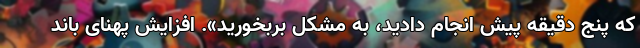
که پنج دقیقه پیش انجام دادید، به مشکل بربخورید». افزایش پهنای باندِ